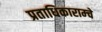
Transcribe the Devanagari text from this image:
प्रताधिकाराम्चे